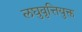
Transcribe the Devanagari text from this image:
लघुवृत्तियुक्त